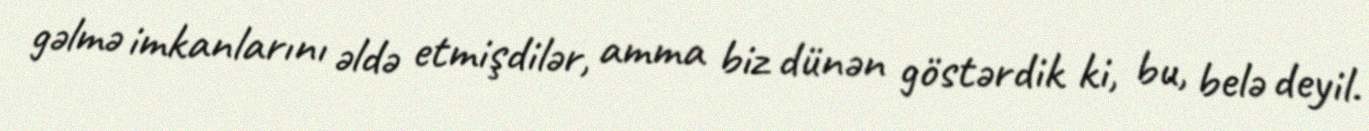
gəlmə imkanlarını əldə etmişdilər, amma biz dünən göstərdik ki, bu, belə deyil.